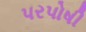
પરપોષી